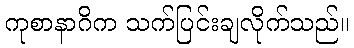
ကုစာနာဂိက သက်ပြင်းချလိုက်သည်။